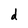
Character: d